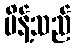
မိန့်သည်